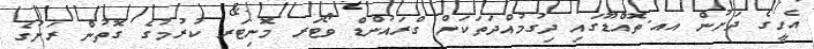
އެހީގެ ދަށުން އއ.ތޮއްޑޫގައި ދިގުމުއްދަތަކަށް ގްރައުންޑް ވޯޓަރ މޮނިޓަރ ކުރުމުގެ ގޮތުން ރަށުގެ